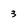
Character: 3